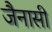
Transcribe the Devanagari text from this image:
जैनासी